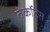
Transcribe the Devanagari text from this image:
तेर्कोट्स